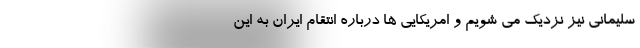
سلیمانی نیز نزدیک می شویم و امریکایی ها درباره انتقام ایران به این